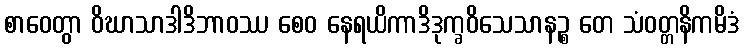
စာဝေတွာ ဝိဃာသာဒါဒိဘာဝဿ စေဝ နေရယိကာဒိဒုက္ခဝိသေသာနဉ္စ တေ သံဝတ္တနိကမိဒံ